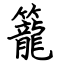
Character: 籠